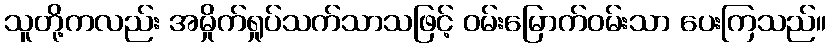
သူတို့ကလည်း အမှိုက်ရှုပ်သက်သာသဖြင့် ဝမ်းမြောက်ဝမ်းသာ ပေးကြသည်။